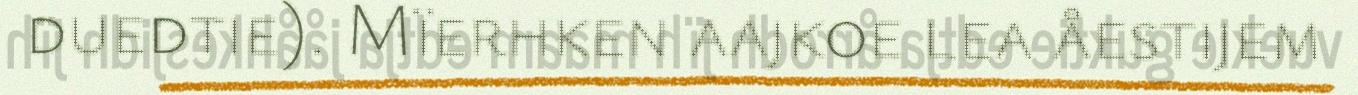
duedtie). Mïerhken aajkoe lea åestijem